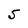
Character: 5